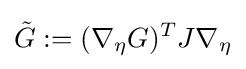
{\tilde {G}}:=(\nabla _{\eta }G)^{T}J\nabla _{\eta }